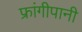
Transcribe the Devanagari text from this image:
फ्रांगीपानी